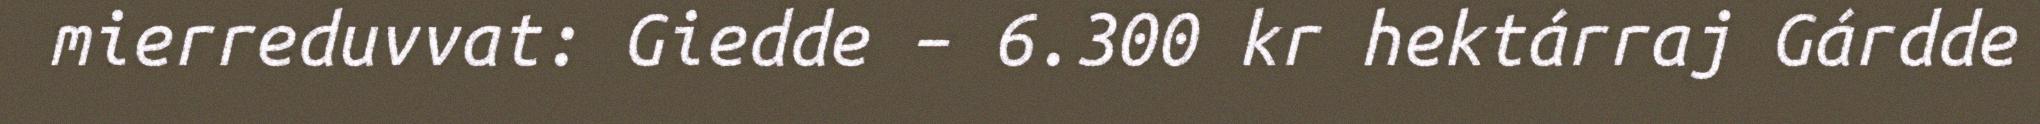
mierreduvvat: Giedde – 6.300 kr hektárraj Gárdde